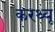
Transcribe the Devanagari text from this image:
करथ्यू